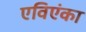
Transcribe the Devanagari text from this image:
एविएंका